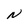
Character: N